Tartu_Kolgata_baptistikogudus, lk 19
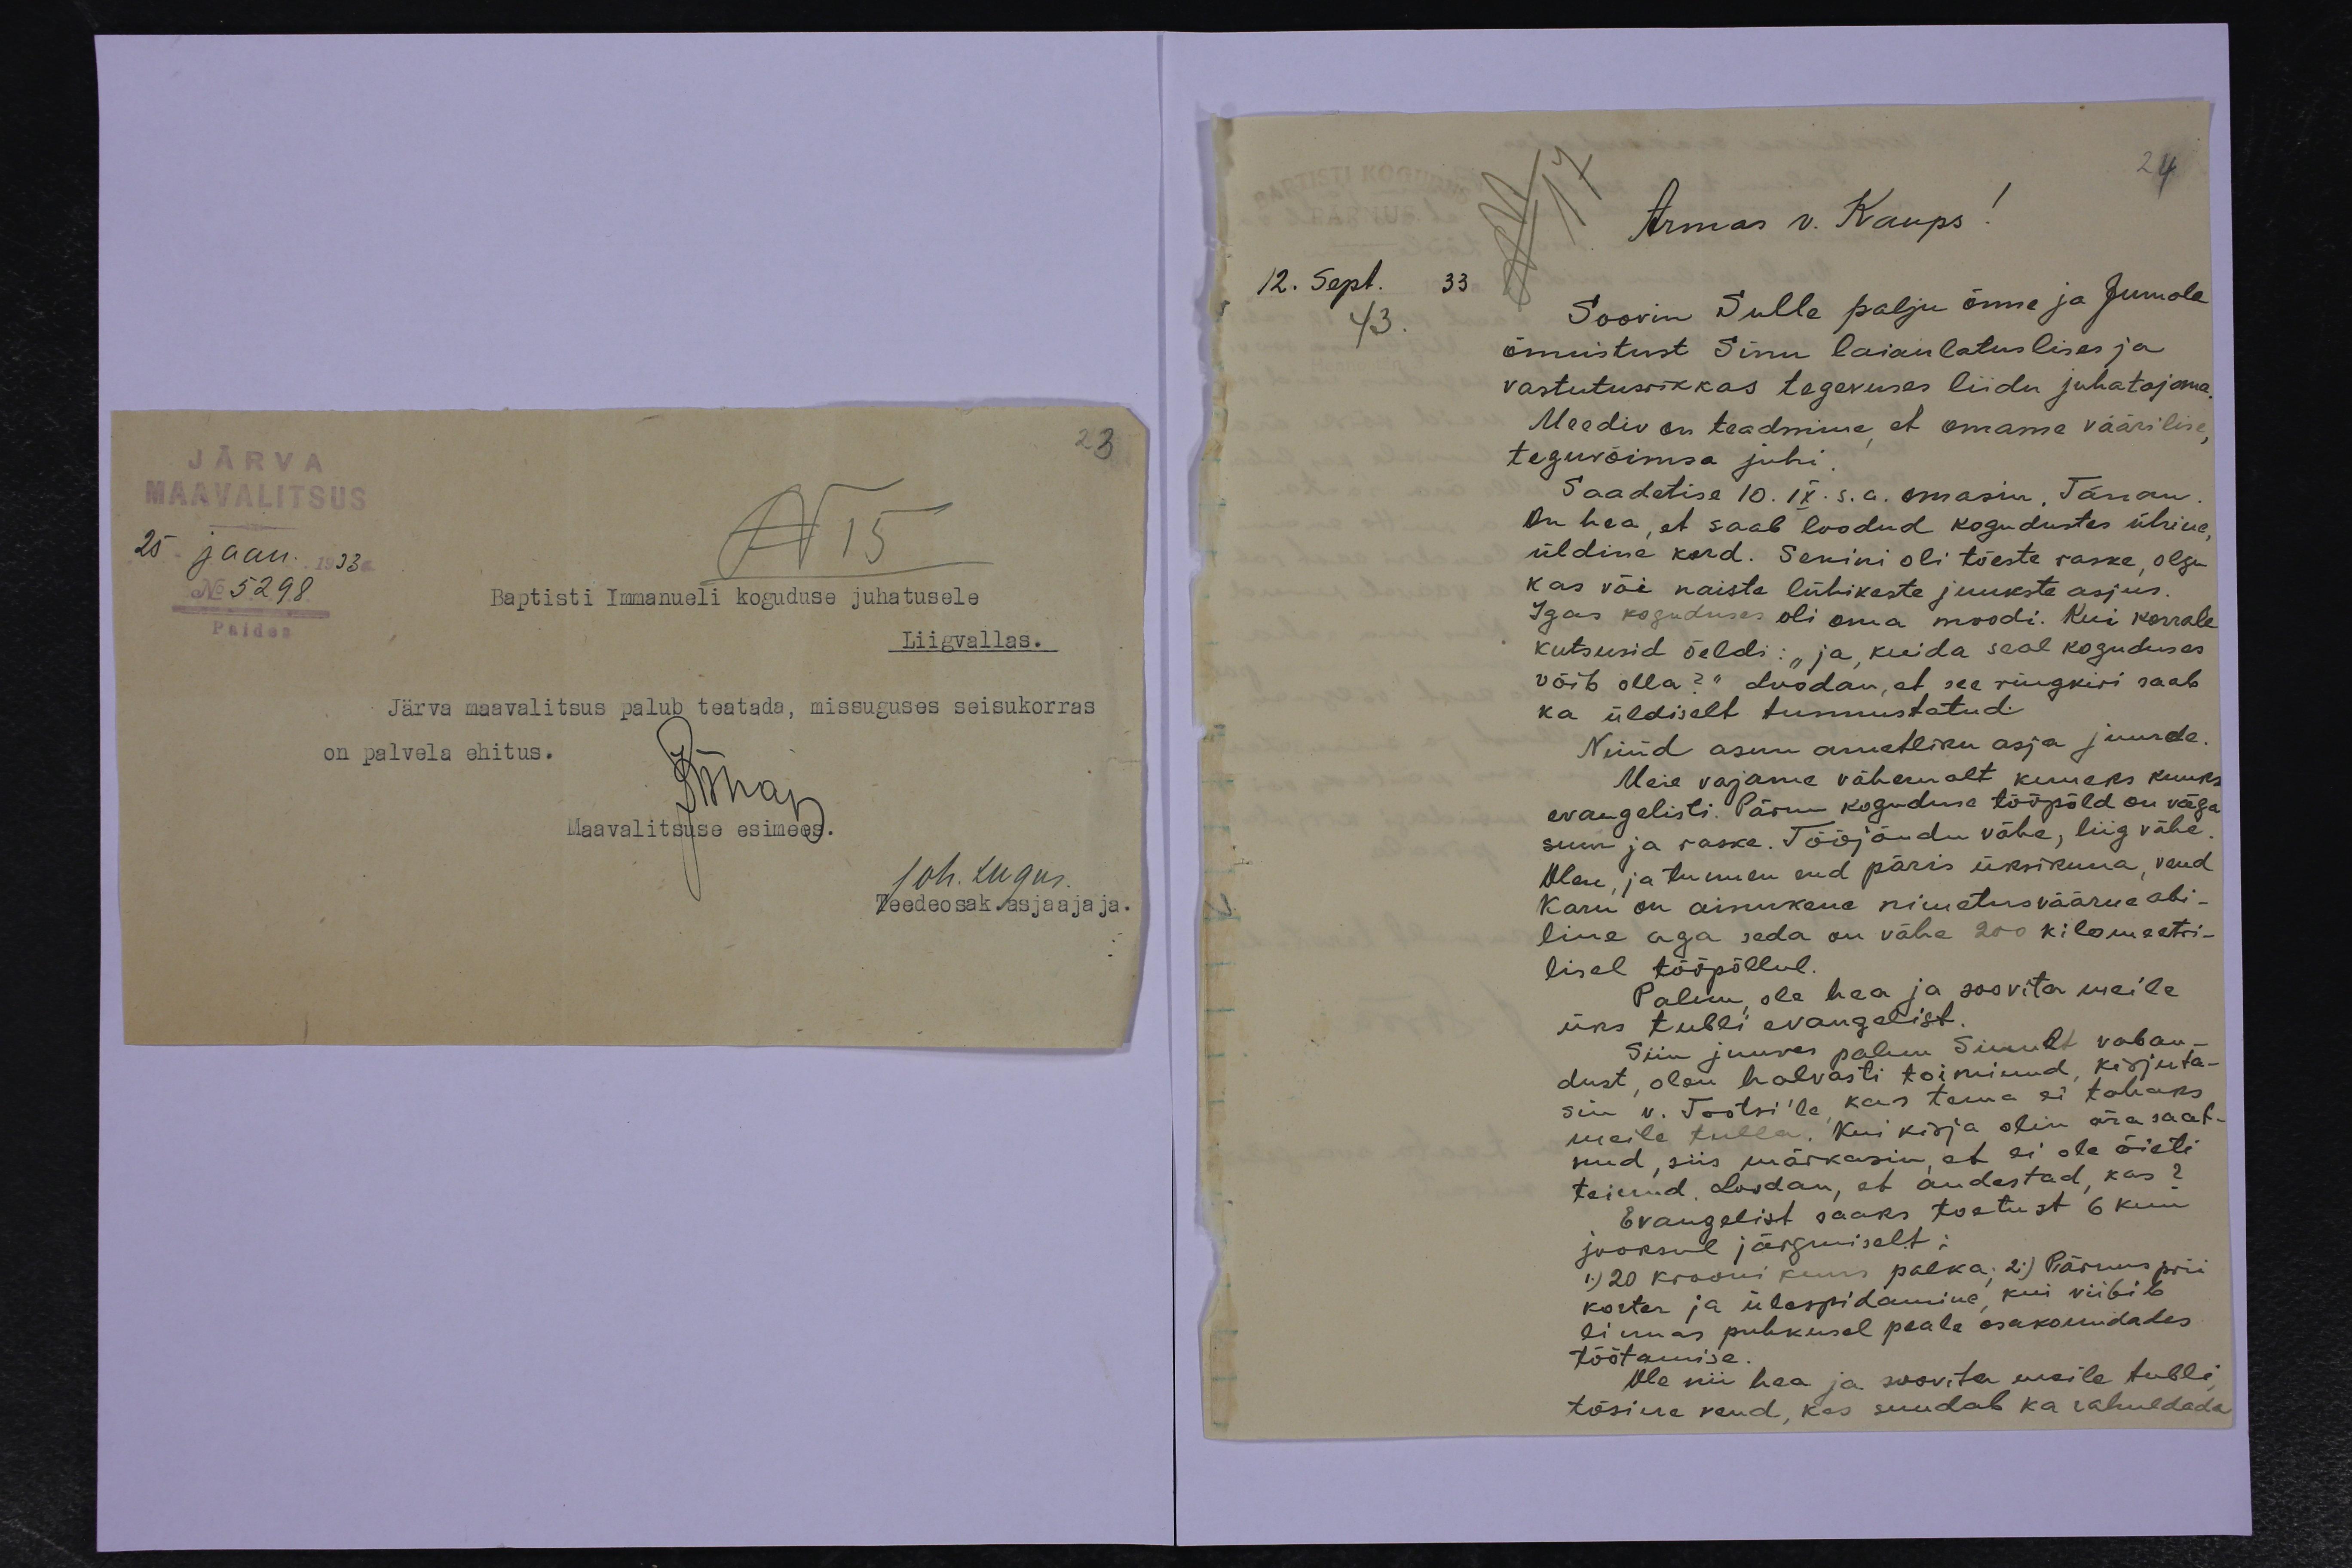
JÄRVA
23
MAAVALITSUS
25 jaan. 1933
N 15
No 5298
Baptisti Immanueli koguduse juhatusele
Paides
Liigvallas.
Järva maavalitsus palub teatada, missuguses seisukorras
on palvela ehitus.
Kühap
Maavalitsuse esimees.
Joh. Lugus.
Teedeosak. asjaajaja.

24
Armas v. Kaups!
12. Sept. 33
43
Soovin sulle palju õnne ja Jumala
õnnistust Sinu laiaulatuslises ja
vastutusrikkas tegevuses liidu juhatajana.
Meediv on teadmine et omame väärilise
teguvõimsa juhi.
Saadetise 10. IX. s.a. omasin, Tänan
On hea, et saab loodud kogudustes ühine,
üldine kord. Senini oli tõeste raske, olgu
kas või naiste lühikeste juukste asjus.
Igas koguduses oli oma moodi. Kui korrale
kutsusid öeldi: "ja, kuida seal koguduses
võib olla?" Loodan, et see ringkiri saab
ka üldiselt tunnustatud.
Nüüd asun ametliku asja juurde.
Meie vajama vähemalt kuueks kuuks
evangelisti. Pärnu koguduse tööpõld on väga
suur ja raske. Tööjõudu vähe, liig vähe,
Olen, ja tunnen end päris üksikuna, vend
Karu on ainukene nimetusväärne abi-
line aga seda on vähe 200 kilomeetri-
lisel tööpõllul.
Palun, ole hea ja soovita meile
üks tubli evangelist.
Siin juures palun Sinult vaban-
dust olen halvasti toiminud, kirjuta-
sin v. Tootsi'le kas tema ei tahaks
meile tulla. Kui kirja olin ära saat-
nud, siis märkasin, et ei ole õieti
teinud. Loodan, et andestad, kas?
Evangelist saaks toetust 6 kuu
jooksul järgmiselt;
1) 20 krooni kuus palka; 2) Pärnus prii
korter ja ülespidamine, kui viibib
linnas puhkusel peale osakonndades
töötamise
Ole nii hea ja soovita meile tubli
tõsine vend, kes suudab ka rahuldada